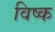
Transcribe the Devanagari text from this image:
विष्क